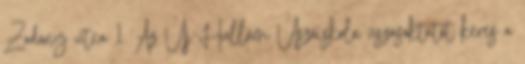
Zodony utca 1. Az Új-Hullám Úszóiskola úszásoktatót keres a